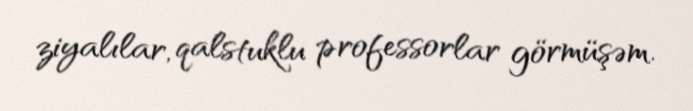
ziyalılar, qalstuklu professorlar görmüşəm.